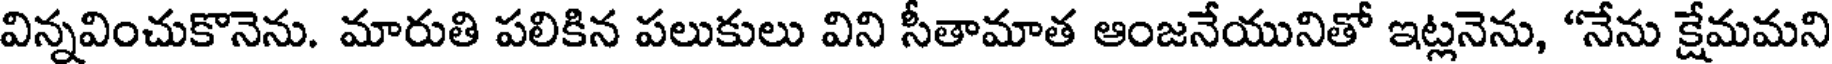
విన్నవించుకొనెను. మారుతి పలికిన పలుకులు విని సీతామాత ఆంజనేయునితో ఇట్లనెను, "నేను క్షేమమని